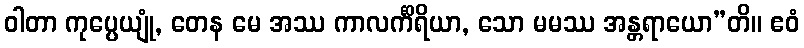
ဝါတာ ကုပ္ပေယျုံ, တေန မေ အဿ ကာလင်္ကိရိယာ, သော မမဿ အန္တရာယော”တိ။ ဧဝံ